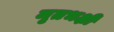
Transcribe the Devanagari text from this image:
मृतभक्षी